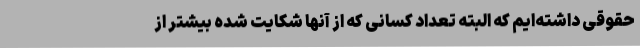
حقوقی داشته‌ایم که البته تعداد کسانی که از آنها شکایت شده بیشتر از